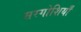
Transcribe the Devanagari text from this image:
सरगोशियाँ